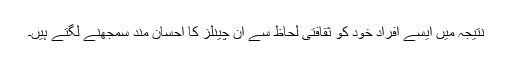
نتیجہ میں ایسے افراد خود کو ثقافتی لحاظ سے ان چینلز کا احسان مند سمجھنے لگتے ہیں۔